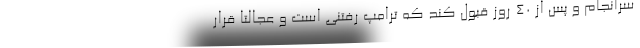
سرانجام و پس از 40 روز قبول کند که ترامپ رفتنی است و عجالتاً قرار